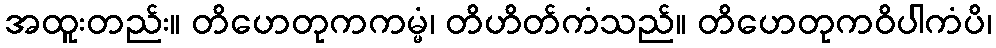
အထူးတည်း။ တိဟေတုကကမ္မံ၊ တိဟိတ်ကံသည်။ တိဟေတုကဝိပါကံပိ၊